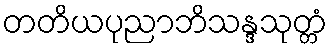
တတိယပုညာဘိသန္ဒသုတ္တံ